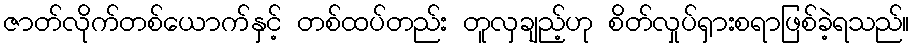
ဇာတ်လိုက်တစ်ယောက်နှင့် တစ်ထပ်တည်း တူလှချည့်ဟု စိတ်လှုပ်ရှားစရာဖြစ်ခဲ့ရသည်။